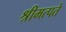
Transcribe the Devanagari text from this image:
श्रीमत्पते